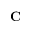
\mathbf { C }